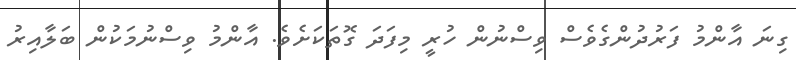
ގިނަ އާންމު ފަރުދުންގެވެސް ވިސްނުން ހުރީ މިފަދަ ގޮތަކަށެވެ. އާންމު ވިސްނުމަކުން ބަލާއިރު